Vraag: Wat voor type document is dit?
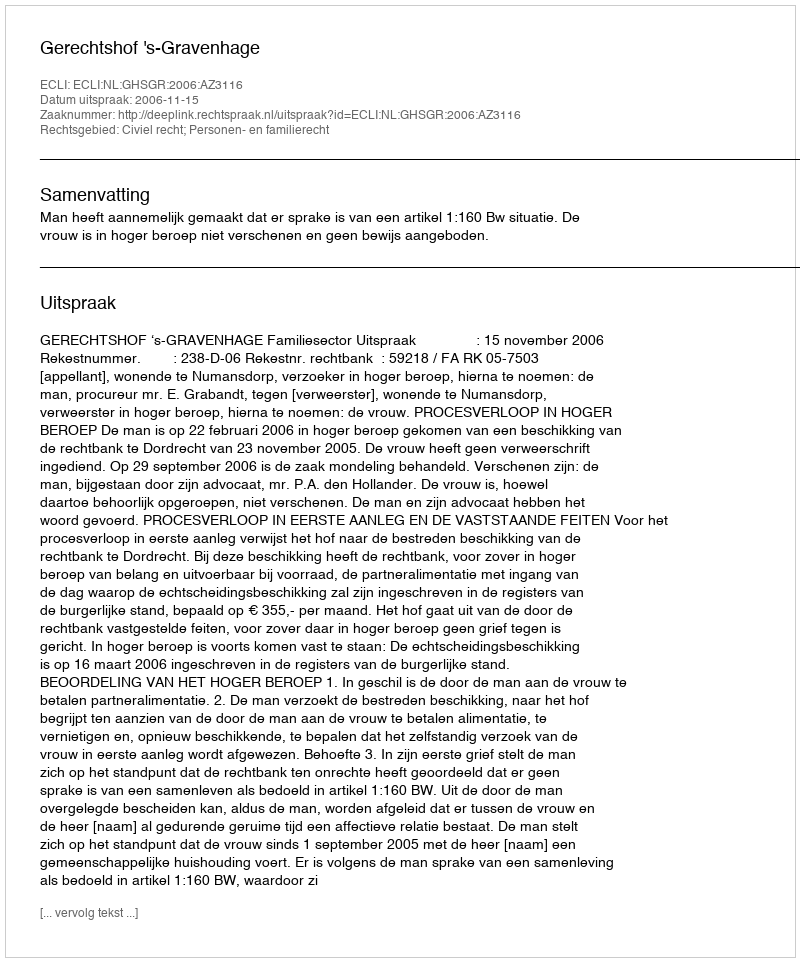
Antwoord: Uitspraak